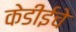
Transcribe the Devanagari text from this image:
केडीईचे